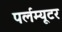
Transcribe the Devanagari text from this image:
पर्लम्यूटर